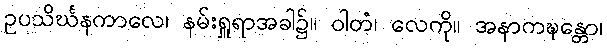
ဥပသိင်္ဃနကာလေ၊ နမ်းရှူရာအခါ၌။ ဝါတံ၊ လေကို။ အနာကဍ္ဎန္တော၊